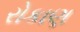
રોકાણ